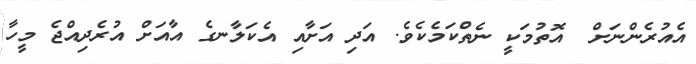
އެއުރެންނަށް  އޮތުމަކީ ނެތްކަމެކެވެ. އަދި އަށާއި އެކަލާނގެ އާއަށް އުރެދިއްޖެ މީހާ